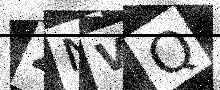
Text: ZNVQ